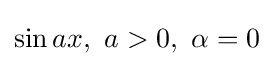
\sin ax,\ a>0,\ \alpha =0